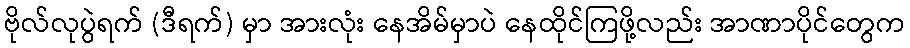
ဗိုလ်လုပွဲရက် (ဒီရက်) မှာ အားလုံး နေအိမ်မှာပဲ နေထိုင်ကြဖို့လည်း အာဏာပိုင်တွေက